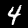
Digit: 4